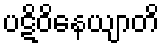
ပဋိဝိနေယျာတိ